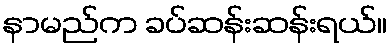
နာမည်က ခပ်ဆန်းဆန်းရယ်။